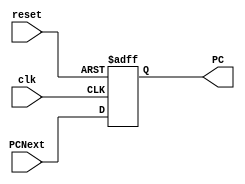
module pc(output reg [31:0] PC, input clk, reset, input [31:0] PCNext);
    always @(posedge clk or posedge reset) begin
        if (reset) begin
            PC<=0;
        end
        else begin
            PC <= PCNext;
        end
    end
endmodule